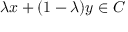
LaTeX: \lambda x + ( 1 - \lambda ) y \in C